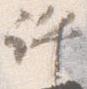
許